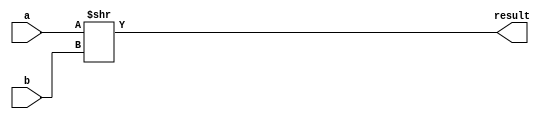
// Shift right
module shr(input wire[31:0] a, input wire[31:0] b, output wire[31:0] result);

	assign result = a >> b;

endmodule


// Arithmetic shift right
module shra(input wire[31:0] a, input wire[31:0] b, output reg[31:0] result);

    always @(*) begin
        // Perform the shift
        result = a >>> b;

        // If the original number was negative, fill in the shifted bits with 1s
        if (a[31]) begin
            result = result | ((32'hFFFFFFFF << (32-b)));
        end
    end

endmodule

// Shift left
module shl(input wire[31:0] a, input wire[31:0] b, output wire[31:0] result);

	assign result = a << b;

endmodule